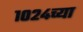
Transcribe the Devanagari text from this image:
१०२४च्या